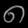
Digit: ၈